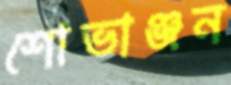
শোভাঞ্জন